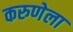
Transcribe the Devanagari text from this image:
करुणेला